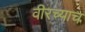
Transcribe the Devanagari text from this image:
वीरच्याच